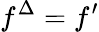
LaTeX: f^{\Delta}=f^{\prime}